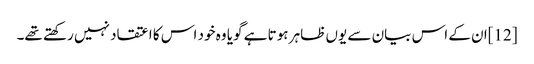
[12]ان کے اس بیان سے یوں ظاہر ہوتا ہے گویا وہ خود اس کا اعتقاد نہیں رکھتے تھے۔